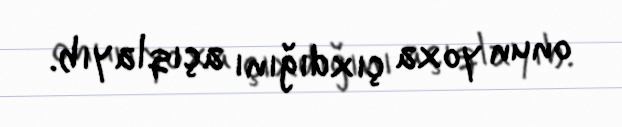
onun yoxa çıxdığını açıqlayıb.